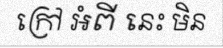
ក្រៅ អំពី នេះ មិន